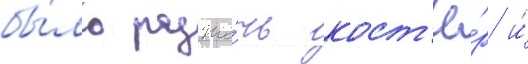
бы́ло разже́чь кост'ё́р и́